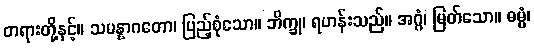
တရားတို့နှင့်။ သမန္နာဂတော၊ ပြည့်စုံသော။ ဘိက္ခု၊ ရဟန်းသည်။ အဂ္ဂံ၊ မြတ်သော။ ဓမ္မံ၊